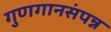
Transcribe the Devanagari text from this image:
गुणगानसंपन्न